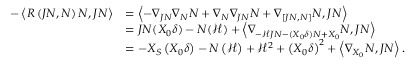
\begin{array} { r l } { - \left\langle R \left( J N , N \right) N , J N \right\rangle } & { = \left\langle - \nabla _ { J N } \nabla _ { N } N + \nabla _ { N } \nabla _ { J N } N + \nabla _ { \left[ J N , N \right] } N , J N \right\rangle } \\ & { = J N ( X _ { 0 } \delta ) - N ( \mathcal { H } ) + \left\langle \nabla _ { - \mathcal { H } J N - ( X _ { 0 } \delta ) N + X _ { 0 } } N , J N \right\rangle } \\ & { = - X _ { S } \left( X _ { 0 } \delta \right) - N \left( \mathcal { H } \right) + \mathcal { H } ^ { 2 } + \left( X _ { 0 } \delta \right) ^ { 2 } + \left\langle \nabla _ { X _ { 0 } } N , J N \right\rangle . } \end{array}